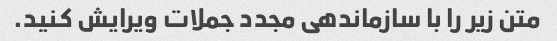
متن زیر را با سازماندهی مجدد جملات ویرایش کنید.